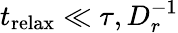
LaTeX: t_{\mathrm{relax}}\ll\tau,D_{r}^{-1}